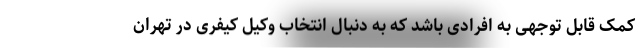
کمک قابل توجهی به افرادی باشد که به دنبال انتخاب وکیل کیفری در تهران